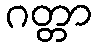
ဂတ္တာ